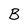
Character: B